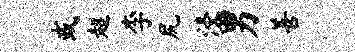
或超李尻浸男善